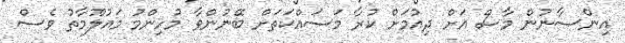
އިންސާނުން މާސް އަށް ދިއުމަށް ކުރާ މަސައްކަތަށް ބޭނުންވާ މުހިންމު މައުލޫމާތު ވެސް